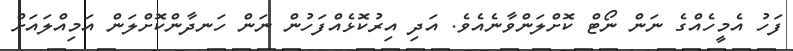
ފަހު އެމީހެއްގެ ނަން ނޯޓް ކޮށްލަންވާނެއެވެ. އަދި އިރުކޮޅެއްފަހުން ނަން ހަނދާންކޮށްލަން އަމިއްލައަށް